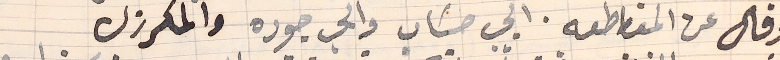
وقال عن المقاطعه. ابي حسَاب وابي جوده والمكرزل